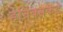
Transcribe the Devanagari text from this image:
हेन्रिक्सकडे